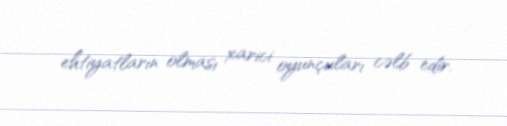
ehtiyatların olması xarici oyunçuları cəlb edir.